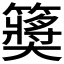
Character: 𱸮